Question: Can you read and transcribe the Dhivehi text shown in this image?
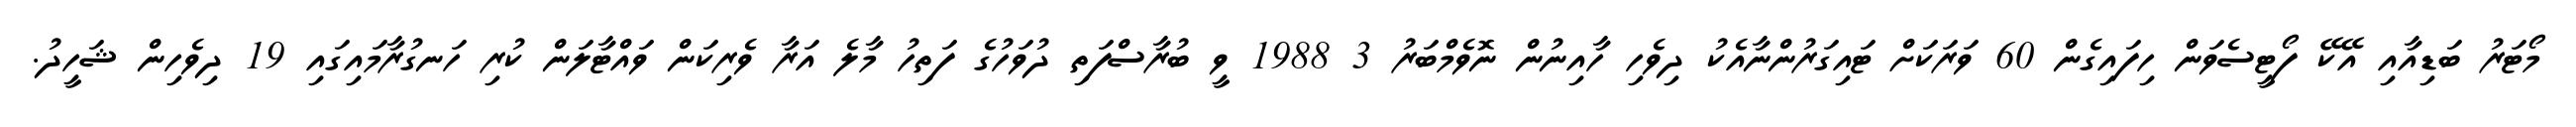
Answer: މޯޓަރު ބަޑިއާއި އޭކޭ ފޯޓީސެވަން ހިފައިގެން 60 ވަރަކަށް ޓައިގަރުންނާއެކު ދިވެހި ހާއިނުން ނޮވެމްބަރު 3 1988 ވީ ބުރާސްފަތި ދުވަހުގެ ފަތިހު މާލެ އަރާ ވެރިކަން ވައްޓާލަން ކުރި ހަނގުރާމައިގައި 19 ދިވެހިން ޝަހީދު.